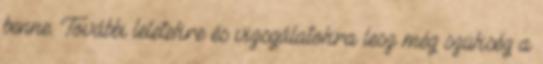
benne. További leletekre és vizsgálatokra lesz még szükség a